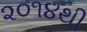
૨૦૧૪થી